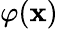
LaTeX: \varphi(\mathbf x)